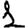
Digit: 1